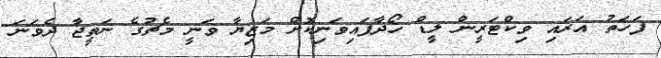
ފަހަތު އަރައި ވިކްޓަރީން ލީޑް ހޯދާފައިވަނިކޮށް މަޒިޔާ ވަނީ މެޗުގެ ނަތީޖާ ދެވަނަ